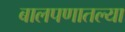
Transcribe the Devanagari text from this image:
बालपणातल्या